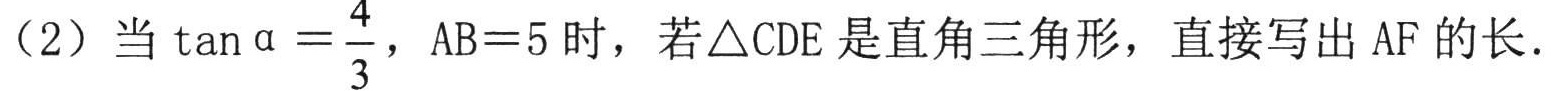
（2）当\(\tan\alpha=\frac{4}{3}\)，\(AB = 5\)时，若\(\triangle CDE\)是直角三角形，直接写出\(AF\)的长.